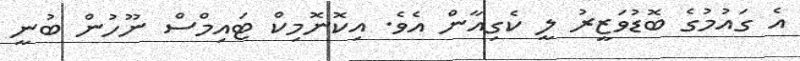
އެ ގައުމުގެ ބޮޑުވަޒީރު ލީ ކެގިއާން އެވެ. އިކޮނޮމިކް ޓައިމްސް ނޫހުން ބުނީ